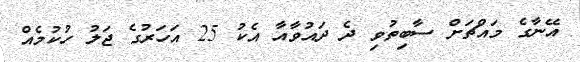
އޭނާގެ މައްޗަށް ސާބިތުވި ދެ ދައުވާއާ އެކު 25 އަހަރުގެ ޖަލު ހުކުމެއް